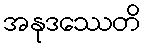
အနုဒဿေတိ